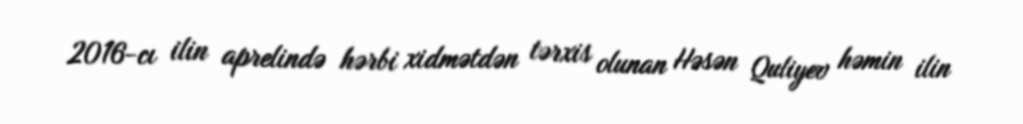
2016-cı ilin aprelində hərbi xidmətdən tərxis olunan Həsən Quliyev həmin ilin